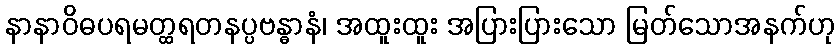
နာနာဝိဓပရမတ္ထရတနပ္ပဗန္ဓာနံ၊ အထူးထူး အပြားပြားသော မြတ်သောအနက်ဟု